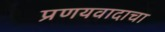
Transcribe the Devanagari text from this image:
प्रणयवादाचा